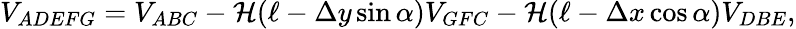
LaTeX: V_{ADEFG}=V_{ABC}-\mathcal{H}(\ell-\Delta y\sin\alpha)V_{GFC}-\mathcal{H}(\ell-\Delta x\cos\alpha)V_{DBE},